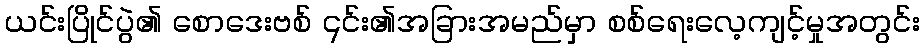
ယင်းပြိုင်ပွဲ၏ စောဒေးဗစ် ၎င်း၏အခြားအမည်မှာ စစ်ရေးလေ့ကျင့်မှုအတွင်း